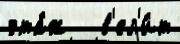
эта́ж   в'ел'и́т